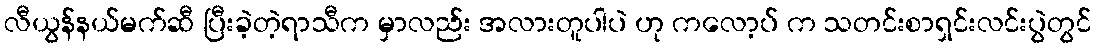
လီယွန်နယ်မက်ဆီ ပြီးခဲ့တဲ့ရာသီက မှာလည်း အလားတူပါပဲ ဟု ကလော့ပ် က သတင်းစာရှင်းလင်းပွဲတွင်